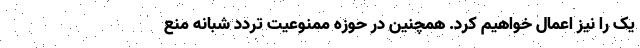
یک را نیز اعمال خواهیم کرد. همچنین در حوزه ممنوعیت تردد شبانه منع